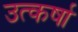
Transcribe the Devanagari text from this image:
उत्कर्षा